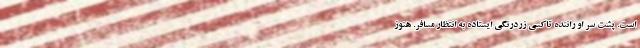
است. پشت سر او راننده تاکسی زردرنگی ایستاده به انتظار مسافر. هنوز